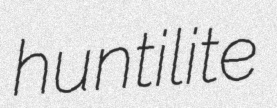
huntilite